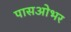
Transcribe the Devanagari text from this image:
पासओभर